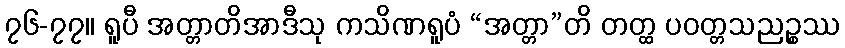
၇၆-၇၇။ ရူပီ အတ္တာတိအာဒီသု ကသိဏရူပံ “အတ္တာ”တိ တတ္ထ ပဝတ္တသညဉ္စဿ